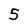
Character: 5